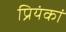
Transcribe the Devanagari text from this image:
प्रियंकां